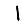
Digit: 1